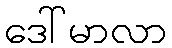
ဒေါ်မာလာ